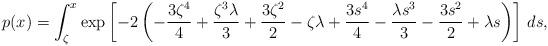
LaTeX: \begin{align*}p(x) = \int_{\zeta }^x \exp \left[-2 \left(-\frac{3 \zeta ^4}{4}+\frac{\zeta ^3 \lambda }{3}+\frac{3 \zeta ^2}{2}-\zeta \lambda +\frac{3 s^4}{4}-\frac{\lambda s^3}{3}-\frac{3 s^2}{2}+\lambda s\right)\right] \, ds,\end{align*}